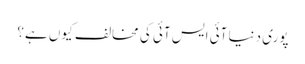
پوری دنیا آئی ایس آئی کی مخالف کیوں ہے؟